Leaving Certificate Examination (including Day School Certificate (Higher) General paper), 1928
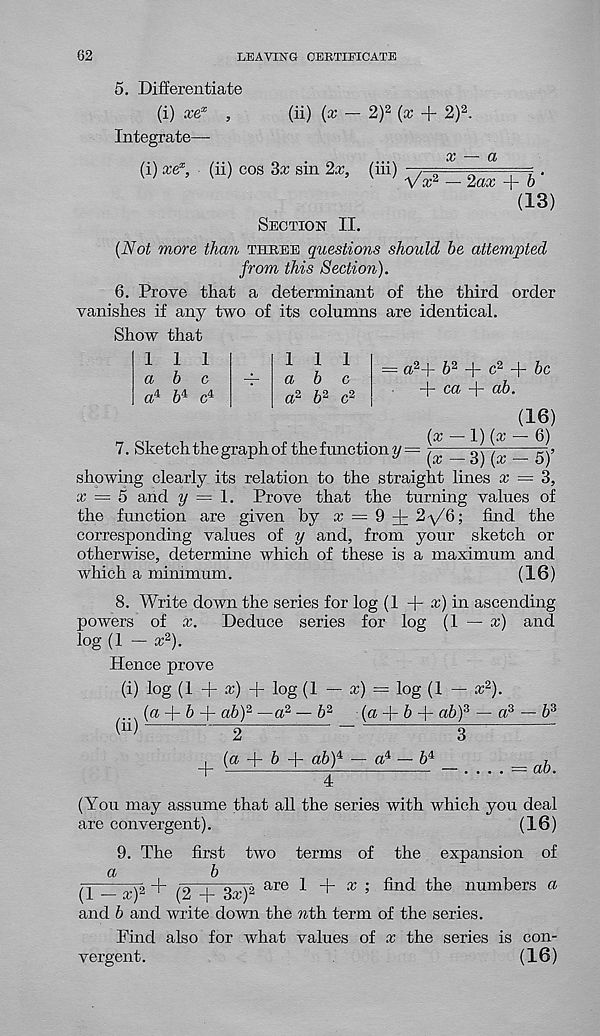
62
LEAVING CERTIFICATE
5. Differentiate
(i) xe x ,
Integrate—
(i) xe x , (ii) cos 3x sin 2x,
(ii) (x - 2) 2 {x + 2) 2 .
(iii)
x
a
V x 2
2ax + b
(13)
Section II.
(Not more than three questions should be attempted
from this Section).
6. Prove that a determinant of the third order
vanishes if any two of its columns are identical.
Show that
1
111
c
-f-
a b c
1
a
a 4
1
b
6 4
1
a
a 2 b 2 c 2
— a 2 + 6 2 + c 2 + be
+ ca + ab.
7. Sketch the graph of the function y =
(x
(16)
1) (x - 6)
(x — 3) (:r — 5)’
showing clearly its relation to the straight lines x — 3,
x = 5 and y — 1. Prove that the turning values of
the function are given by
= 9 + 2 ^6; find the
corresponding values of y and, from your sketch or
otherwise, determine which of these is a maximum and
which a minimum.
(16)
8. Write down the series for log (1 + ^) in ascending
powers of x.
Deduce series for log (1 — x) and
log (1 — x 2 ).
Hence prove
(i) log (1 + x) + log (1 — *) = log (1 — x 2 ).
,..,(& + + ab) 2 —a 2 — b 2
(a -\-b
ab) 3 — a 3 — b 3
(11)
^
—
o
'
+
(a + 6 + ab) 4.
a*
b 4
= ab.
(You may assume that all the series with which you deal
are convergent).
(16)
9. The first two terms of the expansion of
a
b
(1 — x) 2 + (2 + 3x) 2
and b and write down the nth. term of the series.
Find also for what values of x the series is con-
vergent.
(16)
are 1
x
expansion
find the numbers a